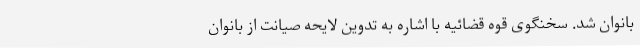
بانوان شد. سخنگوی قوه قضائیه با اشاره به تدوین لایحه صیانت از بانوان